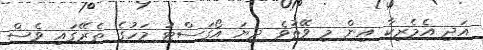
އަދި އެމެރިކާ އިން މި ވޭތުވެ ދިޔަ އޯގަސްޓު މަހުގެ ތެރޭގައި ވެސް